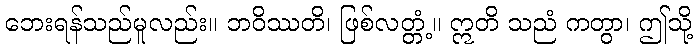
ဘေးရန်သည်မူလည်း။ ဘဝိဿတိ၊ ဖြစ်လတ္တံ့။ ဣတိ သညံ ကတွာ၊ ဤသို့